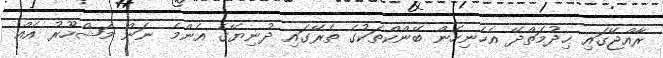
ރާއްޖޭގައި ޚިދުމަތްދޭ އެހެނިހެން ބޭންކްތަކުގެ ތެރޭގައި ދުނިޔޭގެ އެންމެ ނަން މަޝްހޫރު އެއް